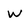
Character: w